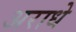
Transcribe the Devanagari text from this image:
अराधे